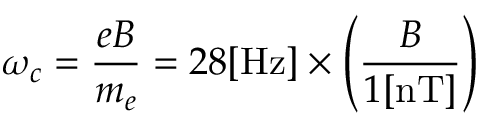
\omega _ { c } = \frac { e B } { m _ { e } } = 2 8 [ \mathrm { H z } ] \times \left( \frac { B } { 1 [ \mathrm { n T } ] } \right)